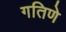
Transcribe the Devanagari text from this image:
गतिणे